Parnu-Viljandi_kinnistusamet, lk 77
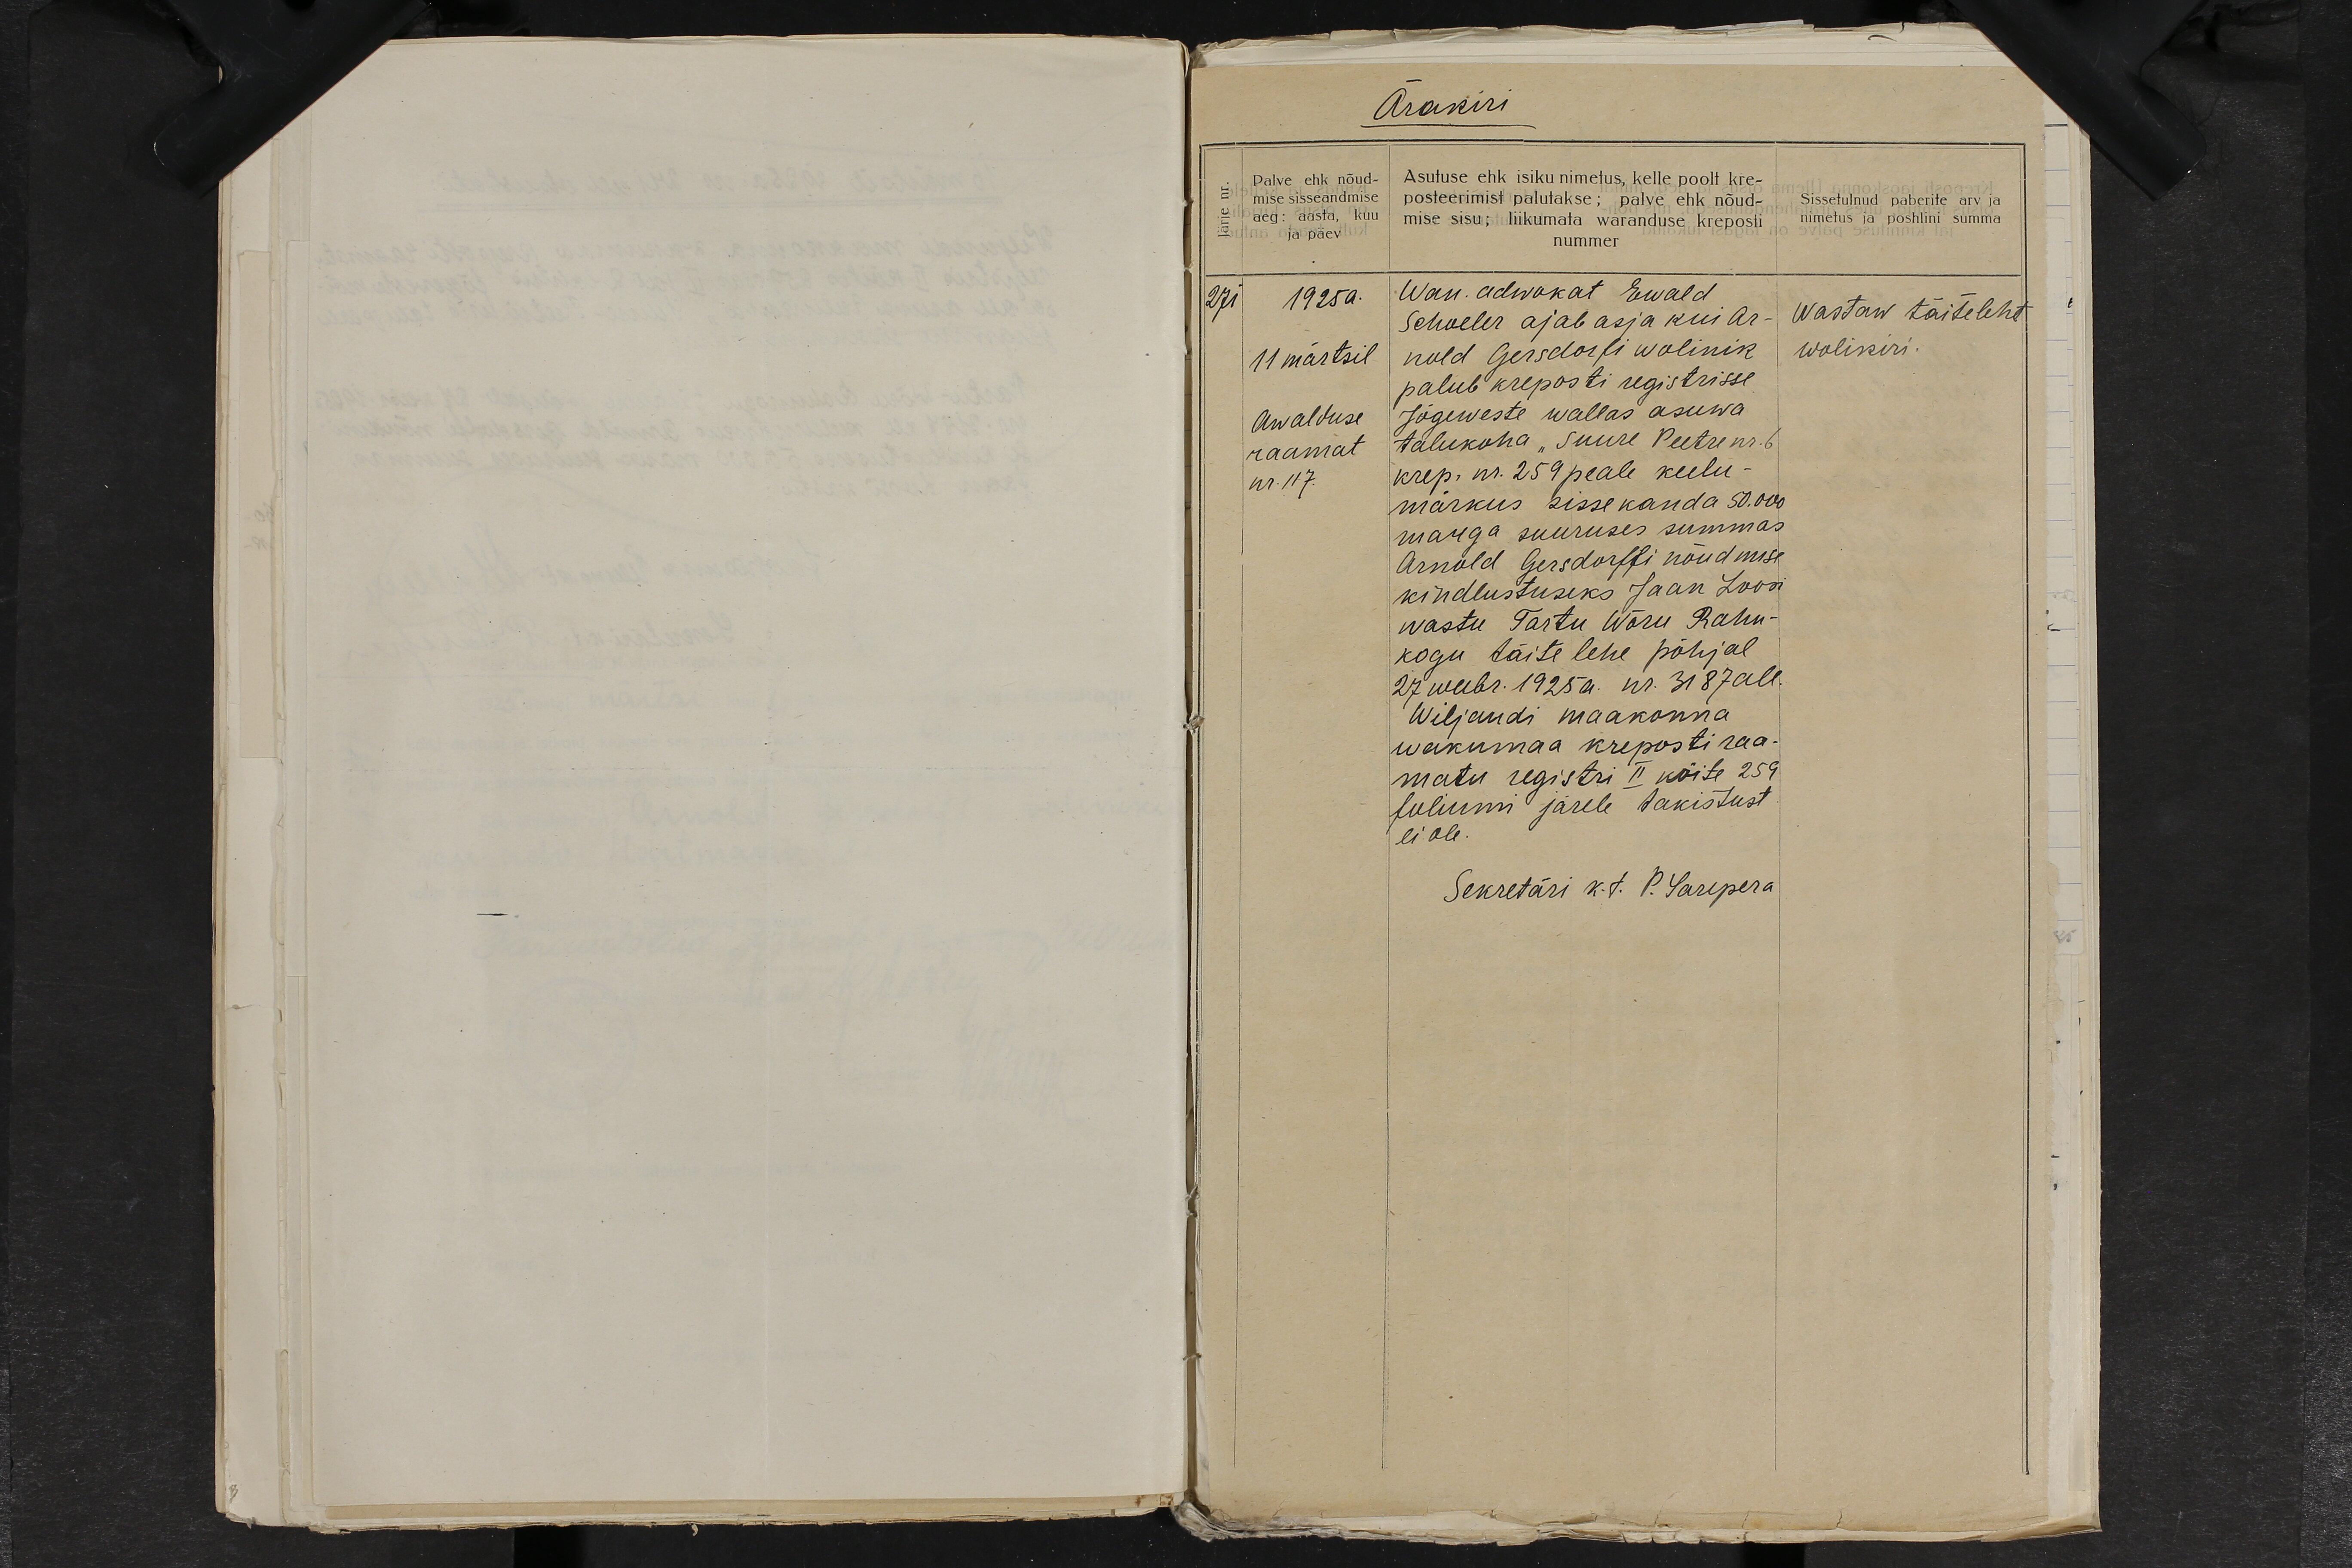
Ärakiri
Palve ehk nõud-
mise sisseandmise
aeg: aasta, kuu
ja päev
Asutuse ehk isiku nimetus, kelle poolt kre-
posteerimist palutakse; palve ehk nõud-
mise sisu; liikumata waranduse kreposti
nummer
Sissetulnud paberite arv ja
nimetus ja poshlini summa
271
1925a.
11 märtsil
Awalduse
raamat
nr. 117.
Wan. adwokat Ewald
Schoeler ajab asja kui Ar-
nold Gersdorfi wolinik
palub kreposti registrisse
Jõgeweste wallas asuwa
talukoha "Suure Peetre nr. 6
krep. nr. 259 peale keelu-
märkus sisse kanda 50.000
marga suuruses summas
Arnold Gersdorffi nõudmise
kindlustuseks Jaan Loosi
wastu Tartu Wõru Rahu-
kogu täite lehe põhjal
27 weebr. 1925 a. nr. 3187 all.
Wiljandi maakonna
wakumaa kreposti raa-
matu registri II köite 259
foliumi järele takistust
ei ole.
Sekretäri k.t. P. Sarepera
Wastaw täiteleht
wolikiri.